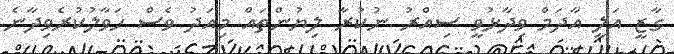
ގާޒީ އަލީ އާދަމް ވިދާޅުވީ ސިއްރު ނުކުރާ ލިޔުންތައް މިއަދު ވެސް ހަވާލުކުރެވިދާނެ